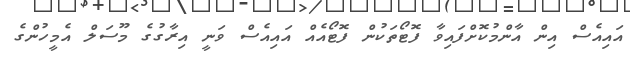
އައިއެސް އިން އާންމުކޮށްފައިވާ ފޮޓޯތަކުން ފޮޓޯއެއް އައިއެސް ވަނީ އިރާގުގެ މޫސަލް އެމީހުންގެ